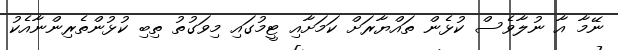
ނޭމާ އާ ނުލާވެސް ކުޅެން ތައްޔާރަށް ކަމަށާއި ޓީމުގައި މިވަގުތު ތިބި ކުޅުންތެރިންނާއެކު